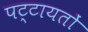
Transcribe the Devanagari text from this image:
पट्टायतों